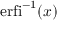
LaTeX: \operatorname { e r f i } ^ { - 1 } ( x )